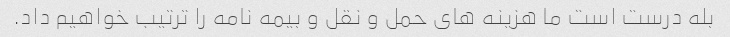
بله درست است ما هزینه های حمل و نقل و بیمه نامه را ترتیب خواهیم داد.